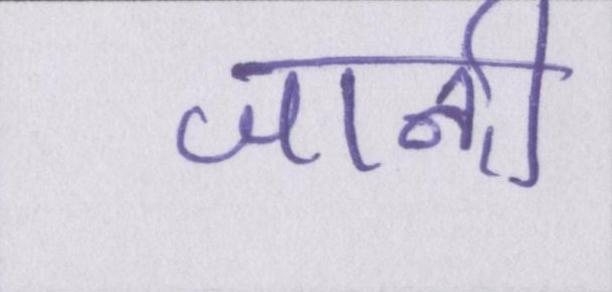
जानी